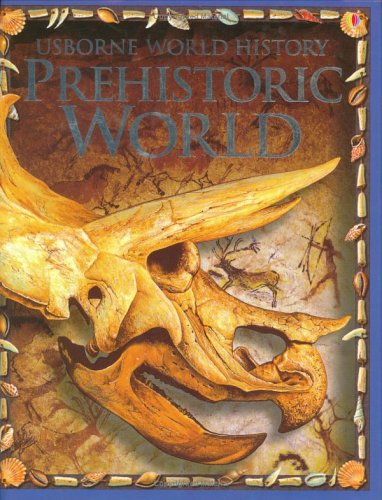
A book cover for Prehistoric World (World History (Usborne)); Fiona Chandler; Children's Books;